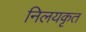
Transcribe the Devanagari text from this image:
निलयकृत